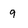
Character: 9